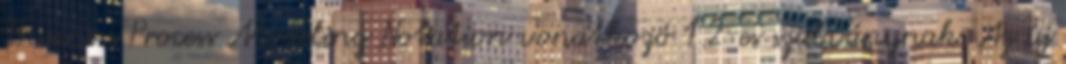
Business Process Modeling Notation vonatkozó 1.2-es szabványnak. Az új